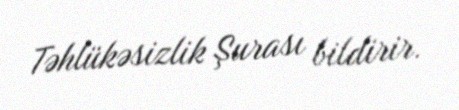
Təhlükəsizlik Şurası bildirir.